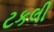
ટકલી